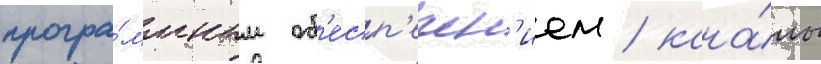
програ́ммным об'есп'ечен'ием / кана́лы